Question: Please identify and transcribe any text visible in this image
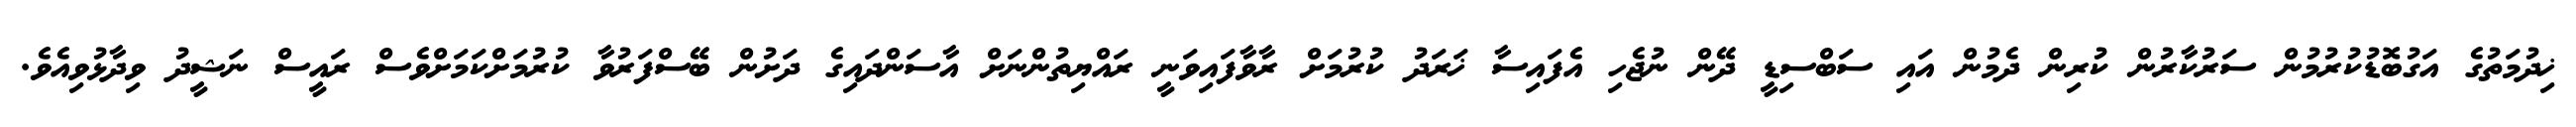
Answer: ޚިދުމަތުގެ އަގުބޮޑުކުރުމުން ސަރުކާރުން ކުރިން ދެމުން އައި ސަބްސިޑީ ދޭން ނުޖެހި އެފައިސާ ޚަރަދު ކުރުމަށް ރާވާފައިވަނީ ރައްޔިތުންނަށް އާސަންދައިގެ ދަށުން ބޭސްފަރުވާ ކުރުމަށްކަމަށްވެސް ރައީސް ނަޝީދު ވިދާޅުވިއެވެ.